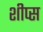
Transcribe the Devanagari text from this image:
शीप्स